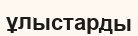
ұлыстарды